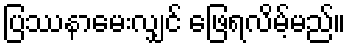
ပြဿနာမေးလျှင် ဖြေရလိမ့်မည်။